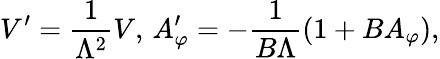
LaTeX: V^{\prime}=\frac{1}{\Lambda^{2}}V,\, A_{\varphi}^{\prime}=-\frac{1}{B\Lambda}(1+BA_{\varphi}),